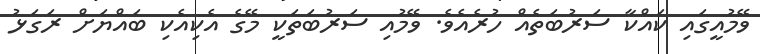
ވޭމުއީގައި ކައްކާ ސަރުބަތެއް ހުރެއެވެ. ވޭމުއި ސަރުބަތަކީ މޭގެ އެކިއެކި ބައްޔަށް ރަގަޅު